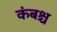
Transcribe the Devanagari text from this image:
कंबश्च